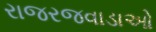
રાજરજવાડાઓ